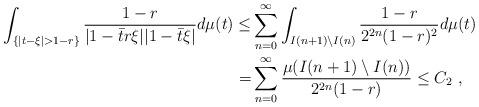
LaTeX: \begin{align*} \int_{\{|t-\xi|>1-r\}} \frac{1-r}{|1-\bar{t}r\xi||1-\bar{t}\xi|}d \mu(t) \leq& \sum_{n=0}^\infty \int_{I(n+1) \setminus I(n)} \frac{1-r}{2^{2n}(1-r)^2}d\mu(t)\\ =& \sum_{n=0}^{\infty} \frac{\mu (I(n+1) \setminus I(n)) }{2^{2n}(1-r)}\leq C_2\ ,\end{align*}